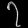
Digit: ၇